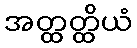
အတ္ထတ္ထိယံ